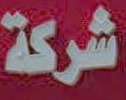
شركة